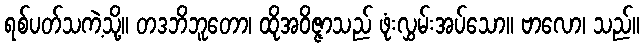
ရစ်ပတ်သကဲ့သို့။ တဒဘိဘူတော၊ ထိုအဝိဇ္ဇာသည် ဖုံးလွှမ်းအပ်သော။ ဗာလော၊ သည်။